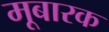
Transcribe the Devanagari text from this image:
मूबारक